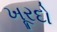
ખૂરદો